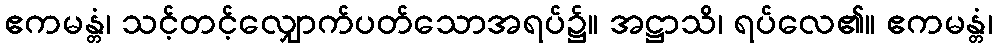
ဧကမန္တံ၊ သင့်တင့်လျှောက်ပတ်သောအရပ်၌။ အဋ္ဌာသိ၊ ရပ်လေ၏။ ဧကမန္တံ၊